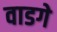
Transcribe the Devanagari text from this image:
वाडगे